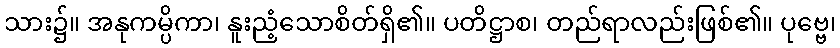
သား၌။ အနုကမ္ပိကာ၊ နူးညံ့သောစိတ်ရှိ၏။ ပတိဋ္ဌာစ၊ တည်ရာလည်းဖြစ်၏။ ပုဗ္ဗေ၊